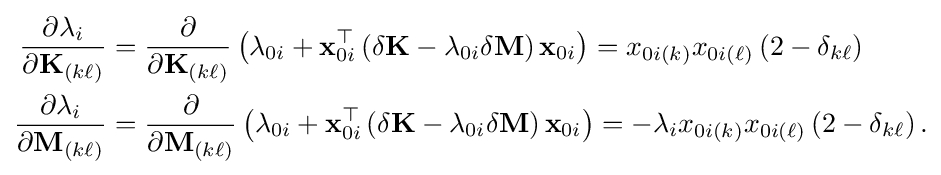
{\begin{aligned}{\frac {\partial \lambda _{i}}{\partial \mathbf {K} _{(k\ell )}}}&={\frac {\partial }{\partial \mathbf {K} _{(k\ell )}}}\left(\lambda _{0i}+\mathbf {x} _{0i}^{\top }\left(\delta \mathbf {K} -\lambda _{0i}\delta \mathbf {M} \right)\mathbf {x} _{0i}\right)=x_{0i(k)}x_{0i(\ell )}\left(2-\delta _{k\ell }\right)\\{\frac {\partial \lambda _{i}}{\partial \mathbf {M} _{(k\ell )}}}&={\frac {\partial }{\partial \mathbf {M} _{(k\ell )}}}\left(\lambda _{0i}+\mathbf {x} _{0i}^{\top }\left(\delta \mathbf {K} -\lambda _{0i}\delta \mathbf {M} \right)\mathbf {x} _{0i}\right)=-\lambda _{i}x_{0i(k)}x_{0i(\ell )}\left(2-\delta _{k\ell }\right).\end{aligned}}